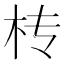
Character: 𣏢